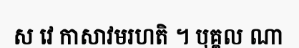
ស វេ កាសាវមរហតិ ។ បុគ្គល ណា